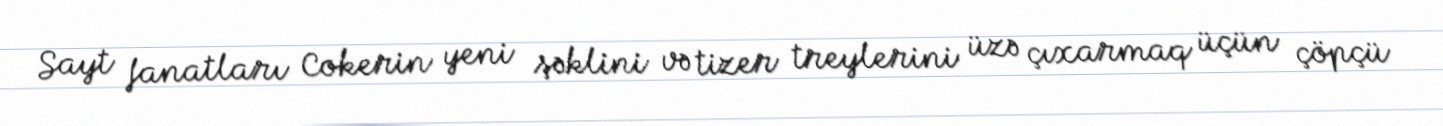
Sayt fanatları Cokerin yeni şəklini və tizer treylerini üzə çıxarmaq üçün çöpçü